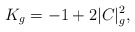
\begin{align*}K_g=-1+2|C|^2_g,\end{align*}